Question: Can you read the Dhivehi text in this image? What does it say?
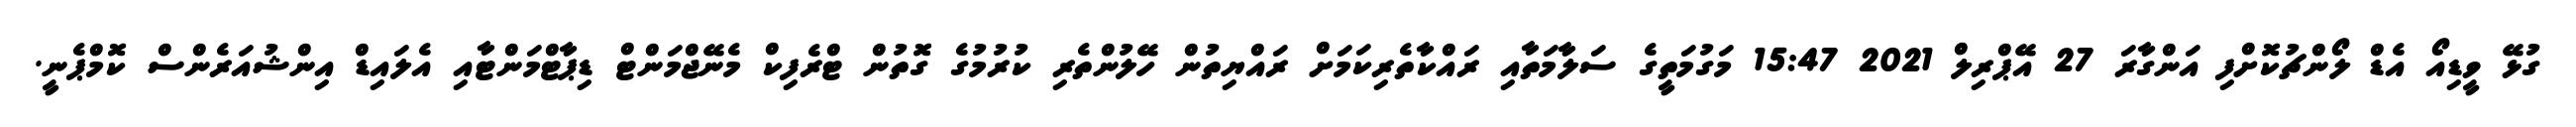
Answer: ގުޅޭ ވީޑިއޯ އެޑް ލޯންޗުކޮށްފި އަންގާރަ 27 އޭޕްރިލް 2021 15:47 މަގުމަތީގެ ސަލާމަތާއި ރައްކާތެރިކަމަށް ރައްޔިތުން ހޭލުންތެރި ކުރުމުގެ ގޮތުން ޓްރެފިކް މެނޭޖްމަންޓް ޑިޕާޓްމަންޓާއި އެލައިޑް އިންޝުއަރެންސް ކޮމްޕެނީ.